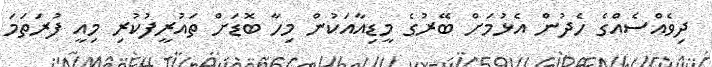
ދިވެއްސެއްގެ ހެދުން އެޅުމަށް ބޭރުގެ މީޑިއާއަކުން މިހާ ބޮޑަށް ތައުރީފުކުރި މިއީ ފުރަތަމަ